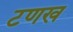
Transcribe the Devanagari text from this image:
टणख